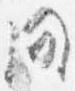
間